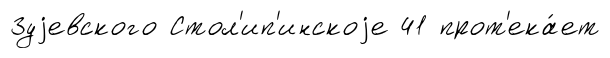
Зуjевского Стол'ип'инскоjе 41 прот'ека́ет